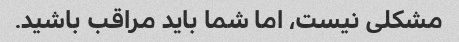
مشکلی نیست، اما شما باید مراقب باشید.